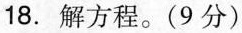
18.解方程。(9分)